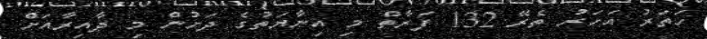
ހަތަރު އަހަރު ތެރޭ 132 ފަރާތް މި އިނާޔަތުގެ ދަށުން މި ދާއިރާއަށް